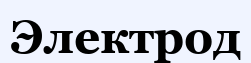
Электрод